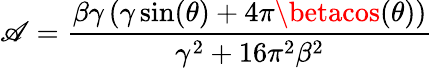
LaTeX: \mathscr{A}=\frac{{\beta\gamma\left(\gamma\sin(\theta)+4\pi\betacos(\theta)\right)}}{{\gamma^{2}+16\pi^{2}\beta^{2}}}